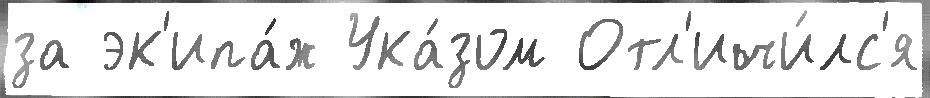
за эк'ипа́ж Ука́зом Отл'ичи́лс'я